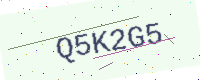
Text: Q5K2G5